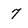
Character: 7